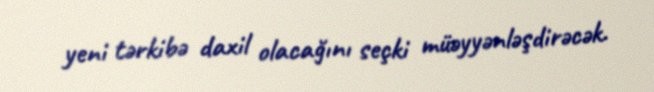
yeni tərkibə daxil olacağını seçki müəyyənləşdirəcək.